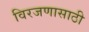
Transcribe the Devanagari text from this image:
विरजणासाठी